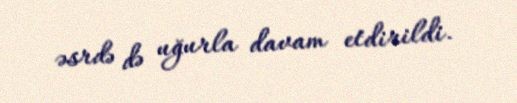
əsrdə də uğurla davam etdirildi.